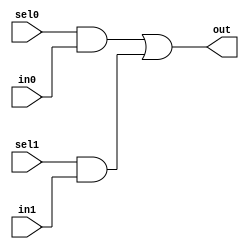
//#############################################################################
//# Function: 2:1 one hot mux                                                 #
//#############################################################################
//# Author:   Andreas Olofsson                                                #
//# License:  MIT (see LICENSE file in OH! repository)                        #
//#############################################################################

module oh_mux2 #(parameter N = 1 ) // width of mux
   (
    input 	    sel1,
    input 	    sel0,
    input [N-1:0]  in1,
    input [N-1:0]  in0,
    output [N-1:0] out  //selected data output
    );

   assign out[N-1:0] = ({(N){sel0}} & in0[N-1:0] |
			 {(N){sel1}} & in1[N-1:0]);


endmodule // oh_mux2